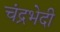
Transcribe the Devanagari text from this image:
चंद्रभेदी